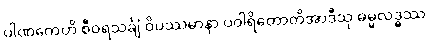
ပါဏကေဟိ စီဝရသင်္ချံ ဝိပဿမာနာ ပဝါရိတောတိအာဒီသု ဓမ္မလဒ္ဓဿ